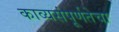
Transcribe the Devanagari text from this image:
काव्यसंपूर्णतेचा